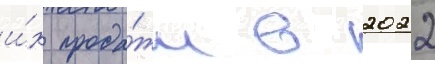
и́х прода́жи в 2022